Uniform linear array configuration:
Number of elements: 16
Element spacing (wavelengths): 0.25
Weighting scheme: hann
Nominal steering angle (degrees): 45
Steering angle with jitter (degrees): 45.906
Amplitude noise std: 0.05
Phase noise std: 0.05

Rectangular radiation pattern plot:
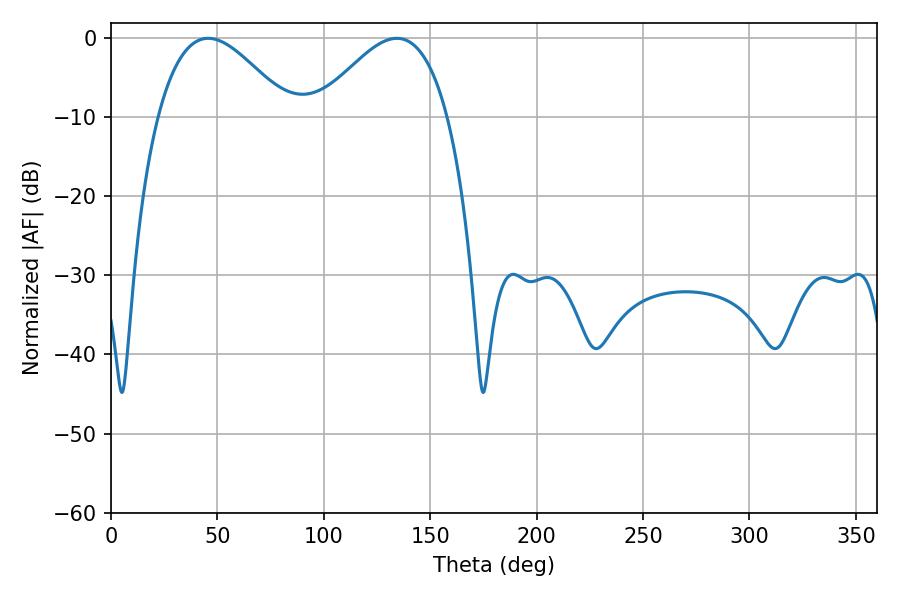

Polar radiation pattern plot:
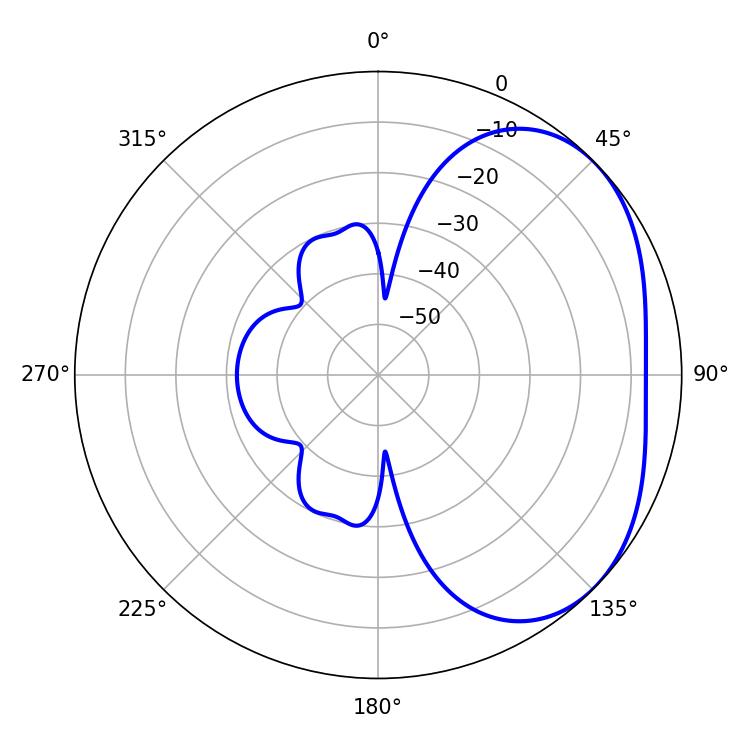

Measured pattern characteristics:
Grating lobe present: FALSE
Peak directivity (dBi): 3.122
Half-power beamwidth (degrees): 33.3
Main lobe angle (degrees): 45.72